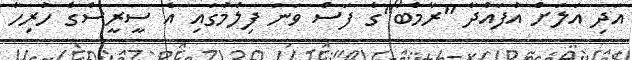
އަދި އަލަށް އުފައްދާ "ރާމްބޯ"ގެ ފަސް ވަނަ ފިލްމުގައި އެ ސީރީސްގެ ހުރިހާ